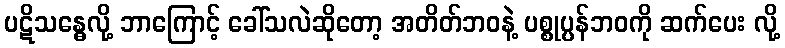
ပဋိသန္ဓေလို့ ဘာကြောင့် ခေါ်သလဲဆိုတော့ အတိတ်ဘဝနဲ့ ပစ္စုပ္ပန်ဘဝကို ဆက်ပေး လို့